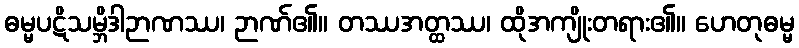
ဓမ္မပဋိသမ္ဘိဒါဉာဏဿ၊ ဉာဏ်၏။ တဿအတ္ထဿ၊ ထိုအကျိုးတရား၏။ ဟေတုဓမ္မ